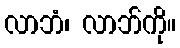
လာဘံ၊ လာဘ်ကို။